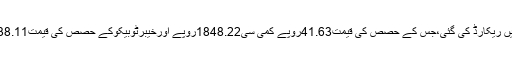
نمایاں کمی سائفرٹیکسٹائل کے حصص میں ریکارڈ کی گئی،جس کے حصص کی قیمت41.63روپے کمی سی1848.22روپے اورخیبرٹوبیکوکے حصص کی قیمت38.11روپے کمی سی724.25روپے ہو گئی ۔